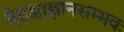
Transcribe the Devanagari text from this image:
देहश्चाज्ञानसम्भवः